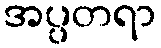
အပ္ပတရာ